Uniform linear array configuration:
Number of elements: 64
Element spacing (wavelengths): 1
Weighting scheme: hamming
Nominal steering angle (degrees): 60
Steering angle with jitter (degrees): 61.721
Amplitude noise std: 0.05
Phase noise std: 0.05

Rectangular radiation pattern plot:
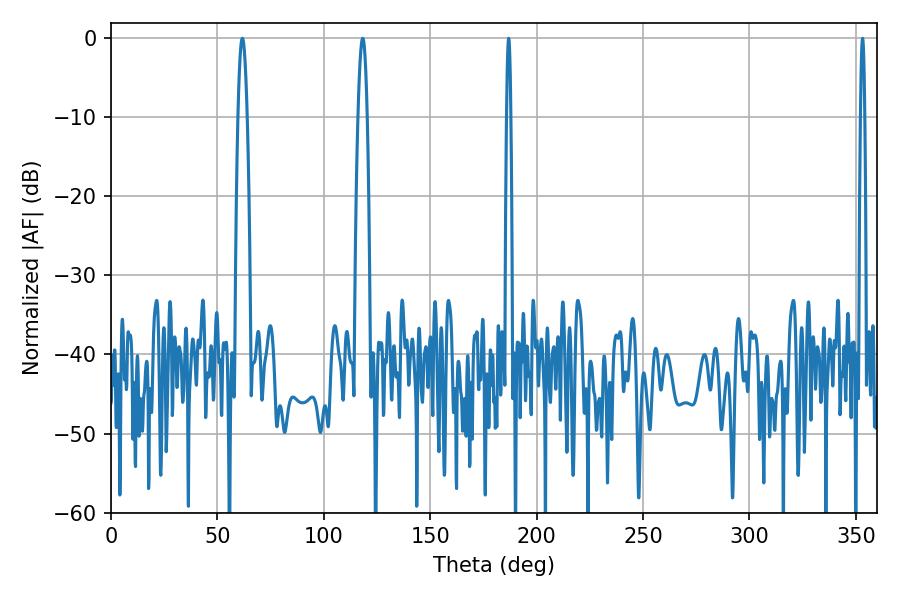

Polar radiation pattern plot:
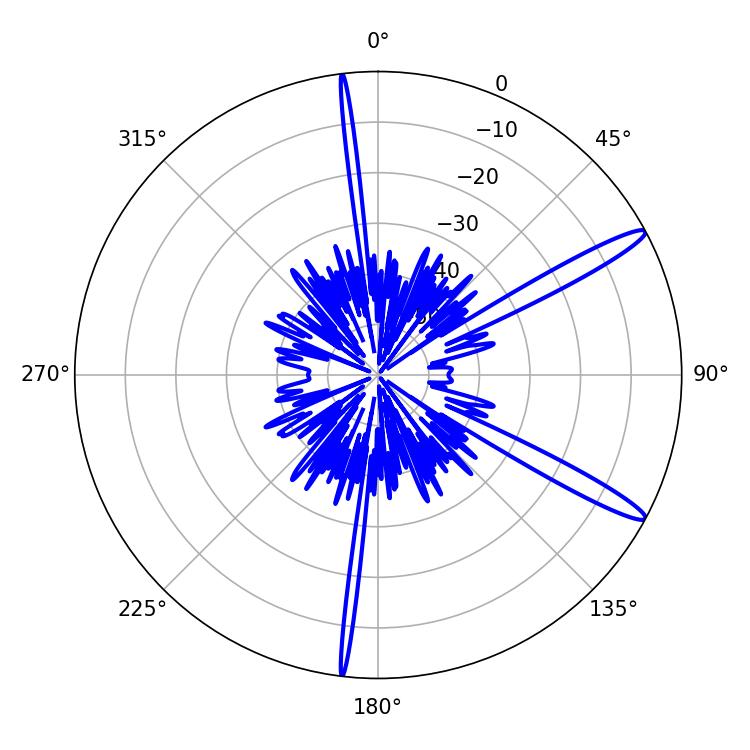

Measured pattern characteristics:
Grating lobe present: TRUE
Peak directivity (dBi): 14.263
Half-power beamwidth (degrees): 2.16
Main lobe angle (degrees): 61.74